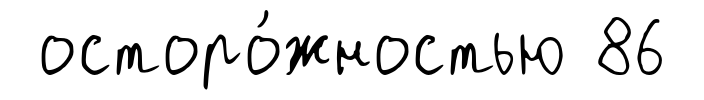
осторо́жностью 86